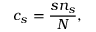
c _ { s } = \frac { s n _ { s } } { N } ,